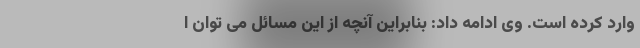
وارد کرده است. وی ادامه داد: بنابراین آنچه از این مسائل می توان ا